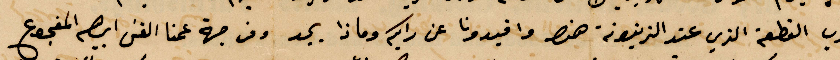
درب القطعة الذي عند الزيتونة هن واوفيدونا عن رايكم وماذا يجد ومن جهة عمنا القس إبراهيم المفجوع